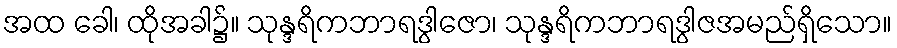
အထ ခေါ၊ ထိုအခါ၌။ သုန္ဒရိကဘာရဒွါဇော၊ သုန္ဒရိကဘာရဒွါဇအမည်ရှိသော။